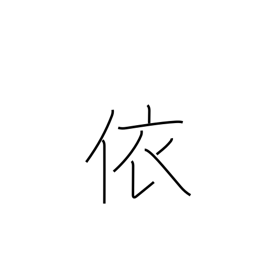
Meaning: therefore